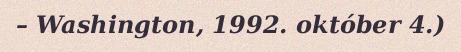
– Washington, 1992. október 4.)